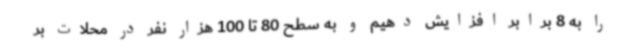
را به 8 برابر افزایش دهیم و به سطح 80 تا 100 هزار نفر در محلات بر